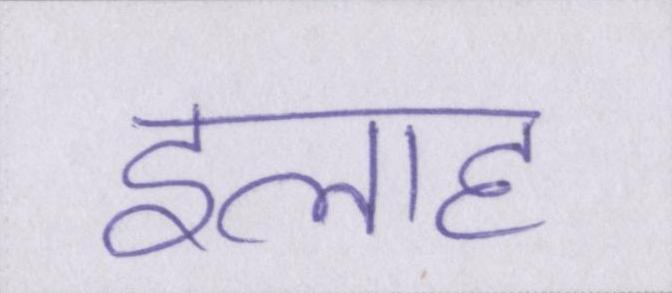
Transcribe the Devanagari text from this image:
इलाह